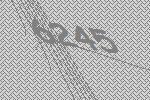
6245